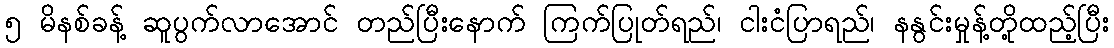
၅ မိနစ်ခန့် ဆူပွက်လာအောင် တည်ပြီးနောက် ကြက်ပြုတ်ရည်၊ ငါးငံပြာရည်၊ နနွင်းမှုန့်တို့ထည့်ပြီး